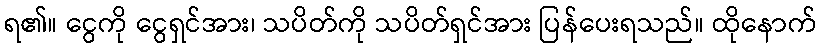
ရ၏။ ငွေကို ငွေရှင်အား၊ သပိတ်ကို သပိတ်ရှင်အား ပြန်ပေးရသည်။ ထိုနောက်